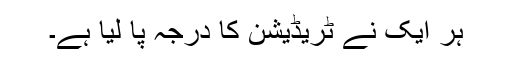
ہر ایک نے ٹریڈیشن کا درجہ پا لیا ہے۔